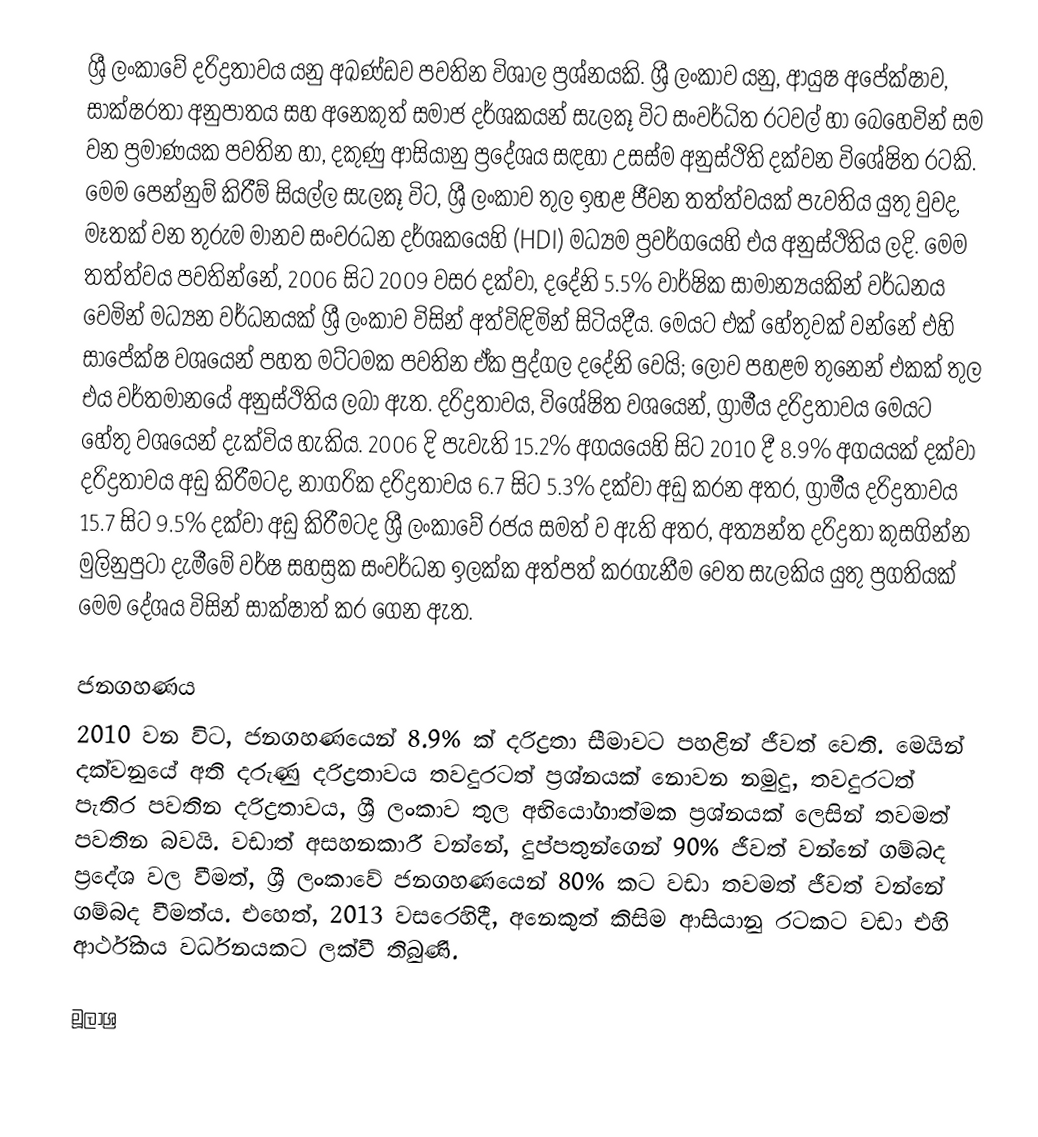
ශ්‍රී ලංකාවේ දරිද්‍රතාවය යනු අඛණ්ඩව පවතින විශාල ප්‍රශ්නයකි. ශ්‍රී ලංකාව යනු, ආයුෂ අපේක්ෂාව, සාක්ෂරතා අනුපාතය සහ අනෙකුත් සමාජ දර්ශකයන්  සැලකූ විට සංවර්ධිත රටවල් හා බෙහෙවින් සම වන ප්‍රමාණයක පවතින හා, දකුණු ආසියානු ප්‍රදේශය සඳහා උසස්ම අනුස්ථිති දක්වන විශේෂිත රටකි. මෙම පෙන්නුම් කිරීම් සියල්ල සැලකූ විට, ශ්‍රී ලංකාව තුල  ඉහළ ජීවන තත්ත්වයක් පැවතිය යුතු වුවද, මෑතක් වන තුරුම  මානව සංවරධන දර්ශකයෙහි (HDI) මධ්‍යම ප්‍රවර්ගයෙහි එය අනුස්ථිතිය ලදි.  මෙම තත්ත්වය පවතින්නේ, 2006 සිට 2009 වසර දක්වා,  දදේනි 5.5% වාර්ෂික සාමාන්‍යයකින් වර්ධනය වෙමින් මධ්‍යන වර්ධනයක් ශ්‍රී ලංකාව විසින් අත්විඳිමින් සිටියදීය.  මෙයට එක් හේතුවක් වන්නේ එහි සාපේක්ෂ වශයෙන් පහත මට්ටමක පවතින ඒක පුද්ගල දදේනි වෙයි; ලොව පහළම තුනෙන් එකක් තුල එය වර්තමානයේ අනුස්ථිතිය ලබා ඇත. දරිද්‍රතාවය, විශේෂිත වශයෙන්, ග්‍රාමීය දරිද්‍රතාවය මෙයට හේතු වශයෙන් දැක්විය හැකිය. 2006  දි පැවැති 15.2%  අගයයෙහි සිට 2010 දී 8.9% අගයයක් දක්වා දරිද්‍රතාවය අඩු කිරීමටද, නාගරික දරිද්‍රතාවය  6.7 සිට 5.3% දක්වා අඩු කරන අතර, ග්‍රාමීය දරිද්‍රතාවය 15.7 සිට  9.5% දක්වා අඩු කිරීමටද ශ්‍රී ලංකාවේ රජය සමත් ව ඇති අතර, අත්‍යන්ත දරිද්‍රතා කුසගින්න මුලිනුපුටා දැමීමේ වර්ෂ සහස්‍රක සංවර්ධන ඉලක්ක අත්පත් කරගැනීම වෙත සැලකිය යුතු ප්‍රගතියක් මෙම දේශය විසින් සාක්ෂාත් කර ගෙන ඇත.

ජනගහණය
2010 වන විට, ජනගහණයෙන්  8.9% ක් දරිද්‍රතා සීමාවට පහළින් ජීවත් වෙති. මෙයින් දක්වනුයේ අති දරුණු දරිද්‍රතාවය තවදුරටත් ප්‍රශ්නයක් නොවන නමුදු, තවදුරටත් පැතිර පවතින දරිද්‍රතාවය, ශ්‍රී ලංකාව තුල අභියෝගාත්මක ප්‍රශ්නයක් ලෙසින් තවමත් පවතින බවයි. වඩාත් අසහනකාරී වන්නේ, දුප්පතුන්ගෙන්  90% ජීවත් වන්නේ ගම්බද ප්‍රදේශ වල වීමත්, ශ්‍රී ලංකාවේ ජනගහණයෙන්  80% කට වඩා තවමත් ජීවත් වන්නේ ගම්බද වීමත්ය.  එහෙත්, 2013 වසරෙහිදී, අනෙකුත් කිසිම ආසියානු රටකට වඩා එහි ආර්ථිකය වර්ධනයකට ලක්වී තිබුණි.

මූලාශ්‍ර